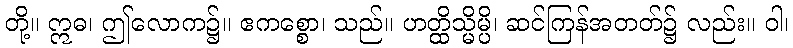
တို့။ ဣဓ၊ ဤလောက၌။ ဧကစ္စော၊ သည်။ ဟတ္ထိသ္မိမ္ပိ၊ ဆင်ကြန်အတတ်၌ လည်း။ ဝါ၊